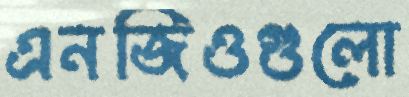
এনজিওগুলো